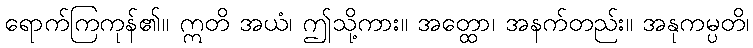
ရောက်ကြကုန်၏။ ဣတိ အယံ၊ ဤသို့ကား။ အတ္ထော၊ အနက်တည်း။ အနုကမ္ပတိ၊